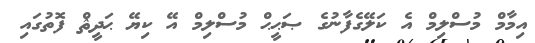
އިމާމް މުސްލިމް އެ ކަލޭގެފާނުގެ ޞަޙީޙް މުސްލިމް އޭ ކިޔޭ ޙަދީޘް ފޮތުގައި